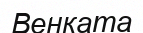
Венката